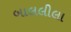
બાલલીલા